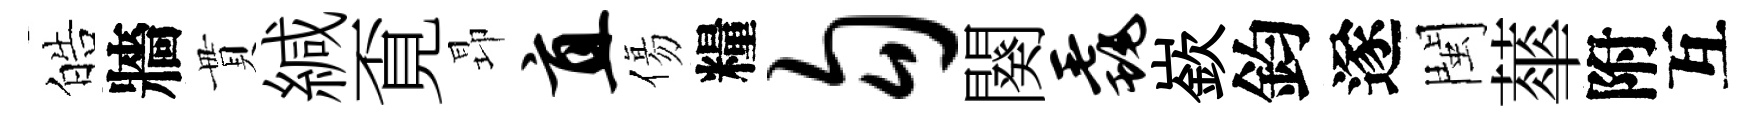
皓牆貫緘覔昻直傷糧勾闋毳嶔鈞遂閩蕐附互